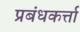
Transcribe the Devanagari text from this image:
प्रबंधकर्त्ता